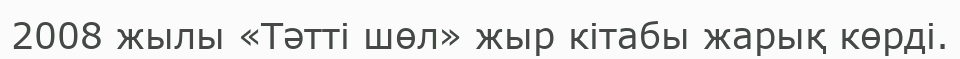
2008 жылы «Тәтті шөл» жыр кітабы жарық көрді.